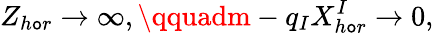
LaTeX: Z_{h\mathtt{o}r}\to\infty,\qquadm-q_{I}X_{h\mathtt{o}r}^{I}\to0,